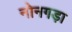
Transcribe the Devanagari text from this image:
नोनगड़ा